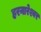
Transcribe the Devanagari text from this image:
हरनारेश्वर